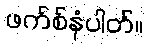
ဖက်စ်နံပါတ်။